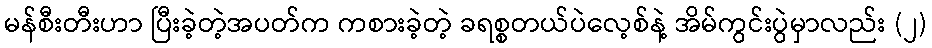
မန်စီးတီးဟာ ပြီးခဲ့တဲ့အပတ်က ကစားခဲ့တဲ့ ခရစ္စတယ်ပဲလေ့စ်နဲ့ အိမ်ကွင်းပွဲမှာလည်း (၂)